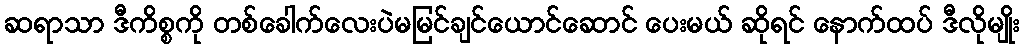
ဆရာသာ ဒီကိစ္စကို တစ်ခေါက်လေးပဲမမြင်ချင်ယောင်ဆောင် ပေးမယ် ဆိုရင် နောက်ထပ် ဒီလိုမျိုး